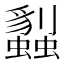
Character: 蠫